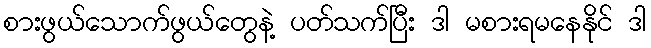
စားဖွယ်သောက်ဖွယ်တွေနဲ့ ပတ်သက်ပြီး ဒါ မစားရမနေနိုင် ဒါ